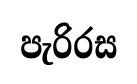
පැරිරස